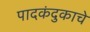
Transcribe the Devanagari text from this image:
पादकंदुकाचे